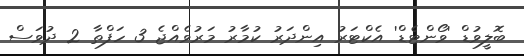
ބޮލީވުޑް 'ވޯންޓެޑް' އެކްޓަރު އިންދަރު ކުމާރު މަރުވެއްޖެ 3 ހަފްތާ 2 ދުވަސް